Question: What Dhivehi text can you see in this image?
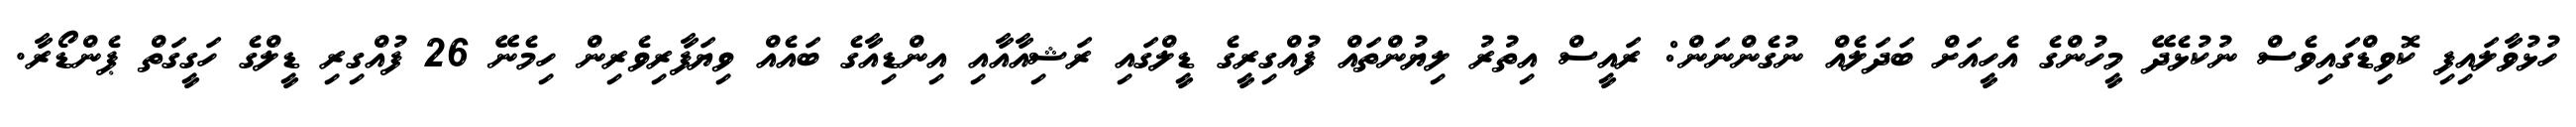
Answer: ހުޅުވާލައިފި ކޮވިޑްގައިވެސް ނުކުޅެދޭ މީހުންގެ އެހީއަށް ބަދަލެއް ނުގެންނަން: ރައީސް އިތުރު ލިޔުންތައް ފުއްގިރީގެ ޑީލްގައި ރަޝިއާއާއި އިންޑިއާގެ ބައެއް ވިޔަފާރިވެރިން ހިމެނޭ 26 ފުއްގިރި ޑީލްގެ ހަގީގަތް ޕެންޑޯރާ.